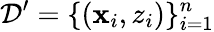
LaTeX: \mathbf{\mathcal{D}^{\prime}}=\{ (\mathbf{x}_{i},z_{i})\} _{i=1}^{n}